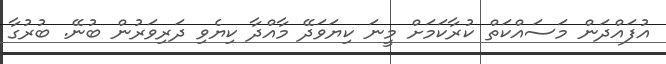
އުފައްދަން މަސައްކަތް ކުރާކަމަށް މީނަ ކިޔަވަދޭ މާއްދާ ކިޔެވި ދަރިވަރުން ބުނޭ. ބުރުގާ